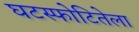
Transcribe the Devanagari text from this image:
घटस्फोटितेला